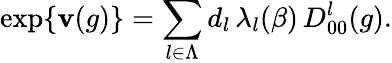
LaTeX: \exp\{ \mathbf{v}(g)\} =\sum_{l\in\Lambda}d_{l}\, \lambda_{l}(\beta)\, D_{00}^{l}(g).